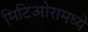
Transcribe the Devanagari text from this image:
मिटिओरामध्ये